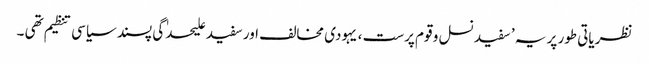
نظریاتی طور پر یہ ’ سفید نسل و قوم پرست ، یہودی مخالف اور سفید علیحدٰگی پسند سیاسی تنظیم تھی ۔